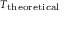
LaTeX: \scriptstyle T _ { \mathrm { t h e o r e t i c a l } }